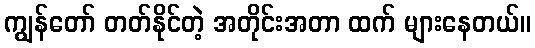
ကျွန်တော် တတ်နိုင်တဲ့ အတိုင်းအတာ ထက် များနေတယ်။